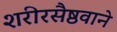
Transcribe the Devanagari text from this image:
शरीरसैष्ठवाने